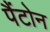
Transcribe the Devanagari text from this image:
पैंटोन